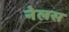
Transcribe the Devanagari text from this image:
नेलस